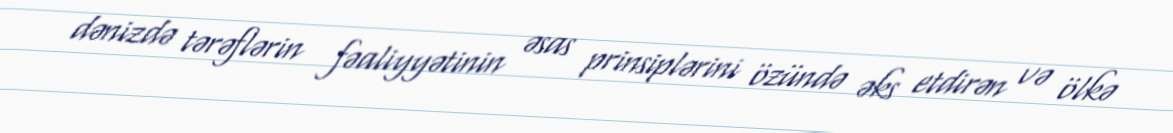
dənizdə tərəflərin fəaliyyətinin əsas prinsiplərini özündə əks etdirən və ölkə